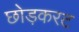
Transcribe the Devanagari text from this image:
छोड़करट